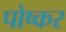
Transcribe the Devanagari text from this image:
पोष्कर